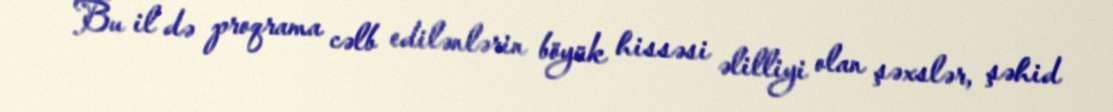
Bu il də proqrama cəlb edilənlərin böyük hissəsi əlilliyi olan şəxslər, şəhid